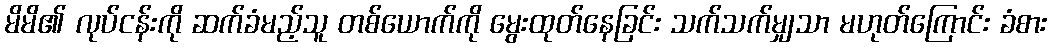
မိမိ၏ လုပ်ငန်းကို ဆက်ခံမည့်သူ တစ်ယောက်ကို မွေးထုတ်နေခြင်း သက်သက်မျှသာ မဟုတ်ကြောင်း ခံစား